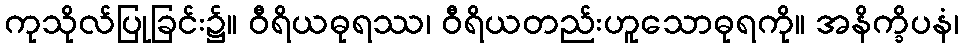
ကုသိုလ်ပြုခြင်း၌။ ဝီရိယဓုရဿ၊ ဝီရိယတည်းဟူသောဓုရကို။ အနိက္ခိပနံ၊